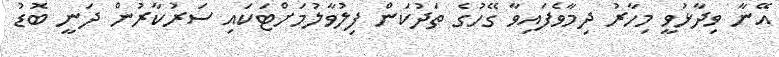
އޭނާ ވިދާޅުވީ މިހާރު ދިމާވެފައިވާ ގޭހުގެ ތަދުކަން ފިލުވާލުމަށްޓަކައި ސަރުކާރުން ދަނީ ބޮޑު